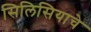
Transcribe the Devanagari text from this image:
सिलिसियाचे